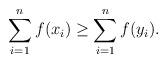
LaTeX: \begin{align*}\sum_{i=1}^{n}f(x_i) \geq \sum_{i=1}^{n}f(y_i).\end{align*}